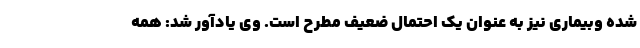
شده وبیماری نیز به عنوان یک احتمال ضعیف مطرح است. وی یادآور شد: همه